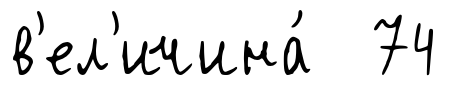
в'ел'ичина́ 74